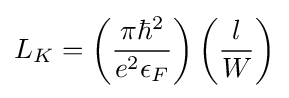
L_{K}=\left({\frac {\pi \hbar ^{2}}{e^{2}\epsilon _{F}}}\right)\left({\frac {l}{W}}\right)